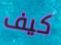
كيف